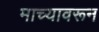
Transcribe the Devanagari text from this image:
माच्यावरून